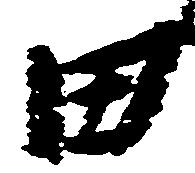
田